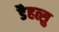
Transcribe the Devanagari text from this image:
डैहत्सु